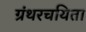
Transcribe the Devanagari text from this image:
ग्रंथरचयिता